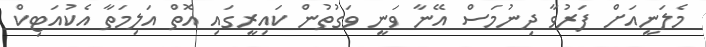
މެލަނީއަށް ފަރުވާ ދިނުމަސް އޭނާ ވަނީ ވަގުތުން ކައިރީގައި އޮތް އަލިމަތާ އެކުއަޓިކް